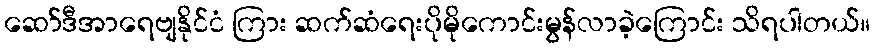
ဆော်ဒီအာရေဗျနိုင်ငံ ကြား ဆက်ဆံရေးပိုမိုကောင်းမွန်လာခဲ့ကြောင်း သိရပါတယ်။